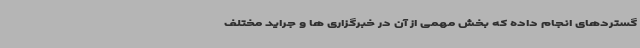
گستردهای انجام داده که بخش مهمی از آن در خبرگزاری ها و جراید مختلف